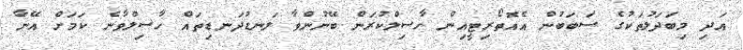
އަދި މިބަދަލުތަކުގެ ސަބަބުން އެއޮތޯރިޓީއިން ހާސިލްކުރަން ބޭނުންވާ ލަނޑުދަނޑިތައް ހާސިލްވާނެ ކަމަށް އޭނާ